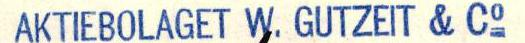
AKTIEBOLAGET W. GUTZEIT & Co